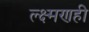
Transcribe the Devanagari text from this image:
ल्क्ष्मणही